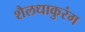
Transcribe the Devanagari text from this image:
शैलधाकुरंग